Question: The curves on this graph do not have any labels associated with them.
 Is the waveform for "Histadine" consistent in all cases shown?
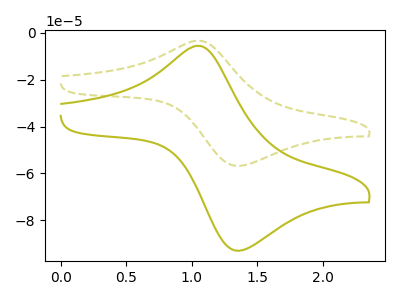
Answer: <think>The olive curve "olive" has an anodic peak at (1.05V, -5.60uA) and a cathodic peak at (1.35V, -92.85uA). The olive dashed curve "olive dashed" has an anodic peak at (1.05V, -3.40uA) and a cathodic peak at (1.35V, -56.70uA).
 All the peaks in "olive" have a peak in "olive dashed" at the same potential.</think>
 <answer>All the CV's of "Histadine" have similar shape.</answer>
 <eval>follow_rule</eval>